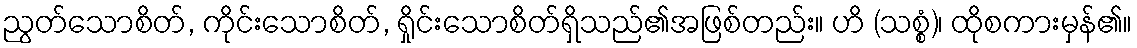
ညွတ်သောစိတ်, ကိုင်းသောစိတ်, ရှိုင်းသောစိတ်ရှိသည်၏အဖြစ်တည်း။ ဟိ (သစ္စံ)၊ ထိုစကားမှန်၏။